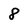
Character: 8